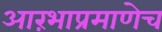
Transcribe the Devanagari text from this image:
आरंभाप्रमाणेच